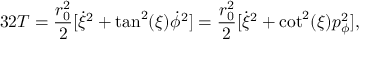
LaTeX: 3 2 T = { \frac { r _ { 0 } ^ { 2 } } { 2 } } [ \dot { \xi } ^ { 2 } + \tan ^ { 2 } ( \xi ) \dot { \phi } ^ { 2 } ] = { \frac { r _ { 0 } ^ { 2 } } { 2 } } [ \dot { \xi } ^ { 2 } + \cot ^ { 2 } ( \xi ) p _ { \phi } ^ { 2 } ] ,